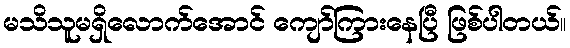
မသိသူမရှိလောက်အောင် ကျော်ကြားနေပြီ ဖြစ်ပါတယ်။